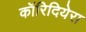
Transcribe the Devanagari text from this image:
कॉरिदियेरा